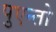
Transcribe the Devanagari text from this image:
पुएन्तो